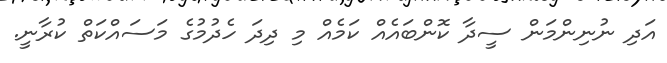
އަދި ނުނިންމަން ސީދާ ކޮންބައެއް ކަމެއް މި ދިދަ ހެދުމުގެ މަސައްކަތް ކުރާނީ.